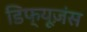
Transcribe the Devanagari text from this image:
डिफ्यूज़ंस